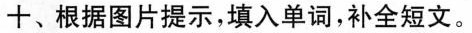
十、根据图片提示,填入单词,补全短文。